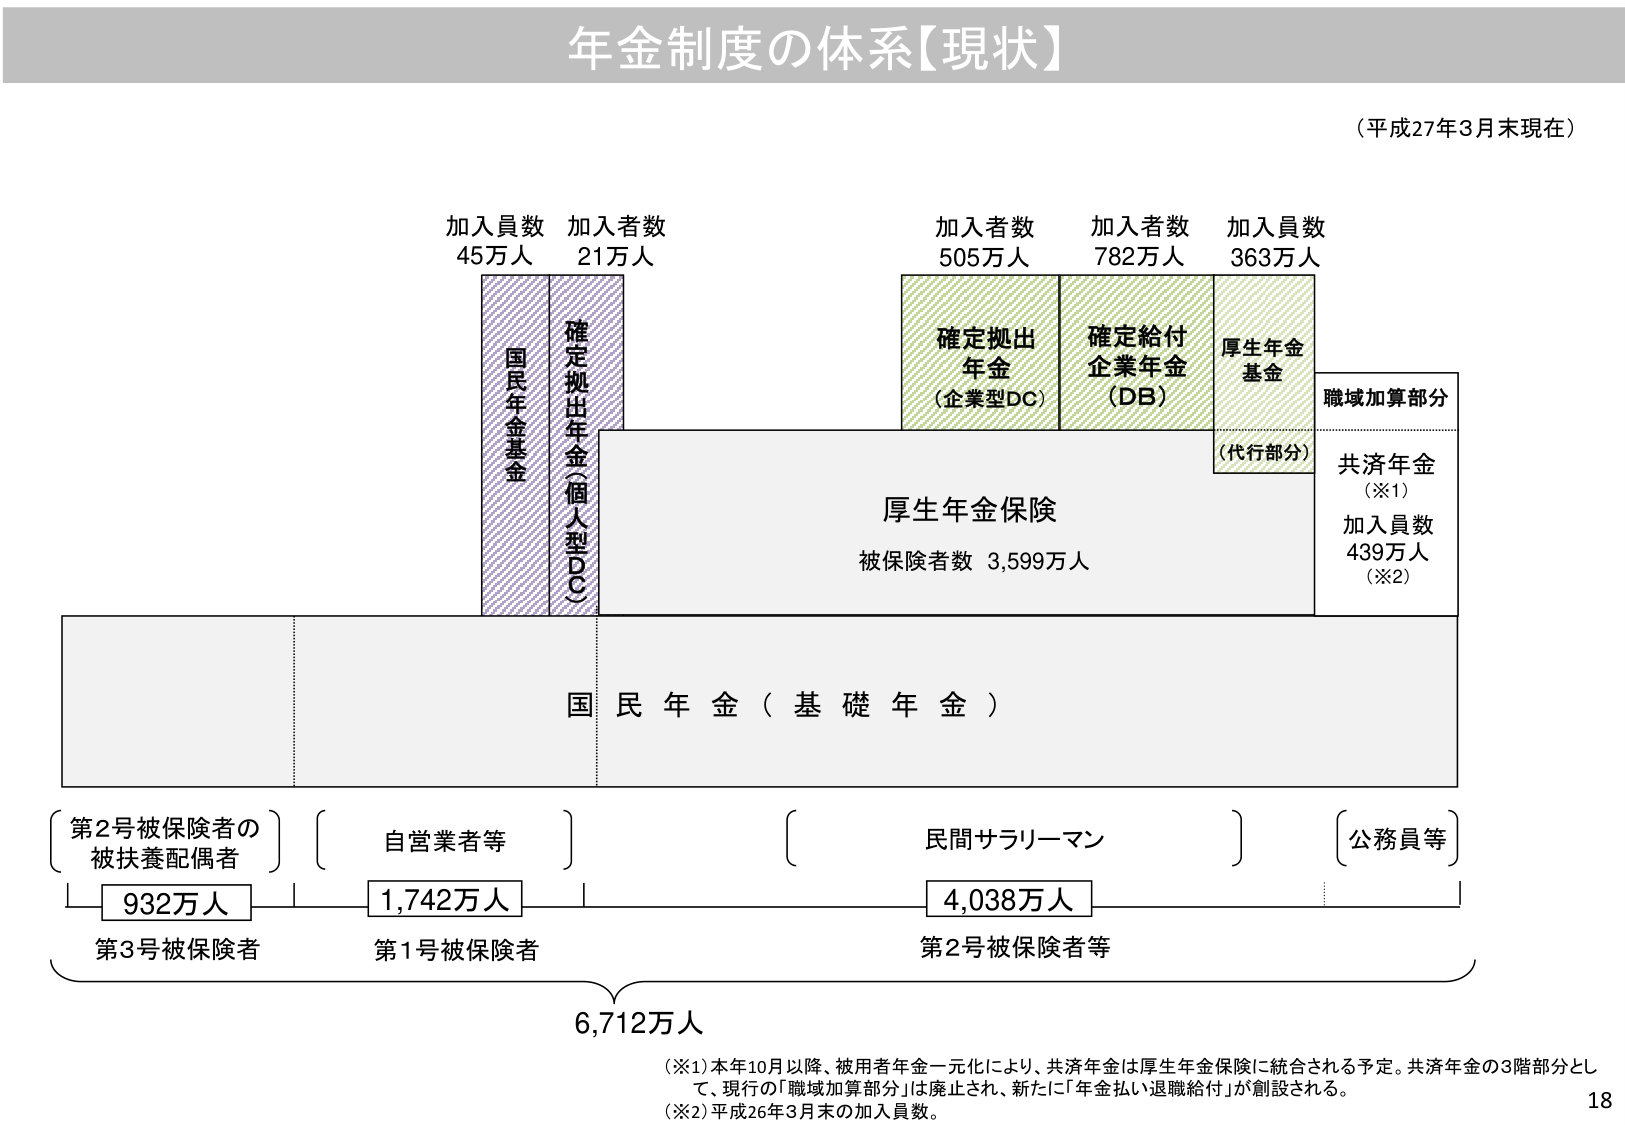
年金制度の体系【現状】

（平成27年3月末現在）

加入員数 45万人
加入者数 21万人
国民年金基金
確定拠出年金（個人型DC）

加入者数 505万人
加入者数 782万人
加入員数 363万人
確定拠出年金（企業型DC）
確定給付企業年金（DB）
厚生年金基金

（代行部分）
職域加算部分
共済年金（※1）
加入員数 439万人（※2）

厚生年金保険
被保険者数 3,599万人

国民年金（基礎年金）

〔第2号被保険者の被扶養配偶者〕
932万人
第3号被保険者

〔自営業者等〕
1,742万人
第1号被保険者

〔民間サラリーマン〕
4,038万人
第2号被保険者等

〔公務員等〕

6,712万人

（※1）本年10月以降、被用者年金一元化により、共済年金は厚生年金保険に統合される予定。共済年金の3階部分として、現行の「職域加算部分」は廃止され、新たに「年金払い退職給付」が創設される。
（※2）平成26年3月末の加入員数。

18